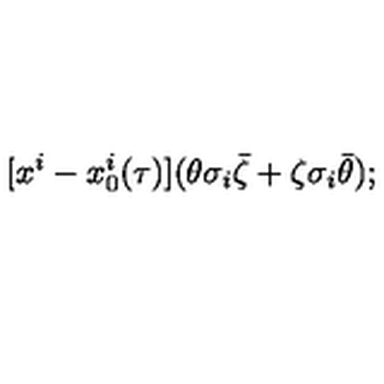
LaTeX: [ x ^ { i } - x _ { 0 } ^ { i } ( \tau ) ] ( \theta \sigma _ { i } \bar { \zeta } + \zeta \sigma _ { i } \bar { \theta } ) ;